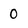
Character: 0